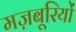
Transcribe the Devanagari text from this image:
मज़बूरियों